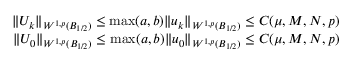
\begin{array} { r } { \| U _ { k } \| _ { W ^ { 1 , p } ( B _ { 1 / 2 } ) } \le \operatorname* { m a x } ( a , b ) \| u _ { k } \| _ { W ^ { 1 , p } ( B _ { 1 / 2 } ) } \le C ( \mu , M , N , p ) } \\ { \| U _ { 0 } \| _ { W ^ { 1 , p } ( B _ { 1 / 2 } ) } \le \operatorname* { m a x } ( a , b ) \| u _ { 0 } \| _ { W ^ { 1 , p } ( B _ { 1 / 2 } ) } \le C ( \mu , M , N , p ) } \end{array}